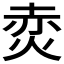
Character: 𭴩